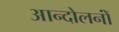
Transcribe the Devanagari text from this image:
आन्दोलनोंं